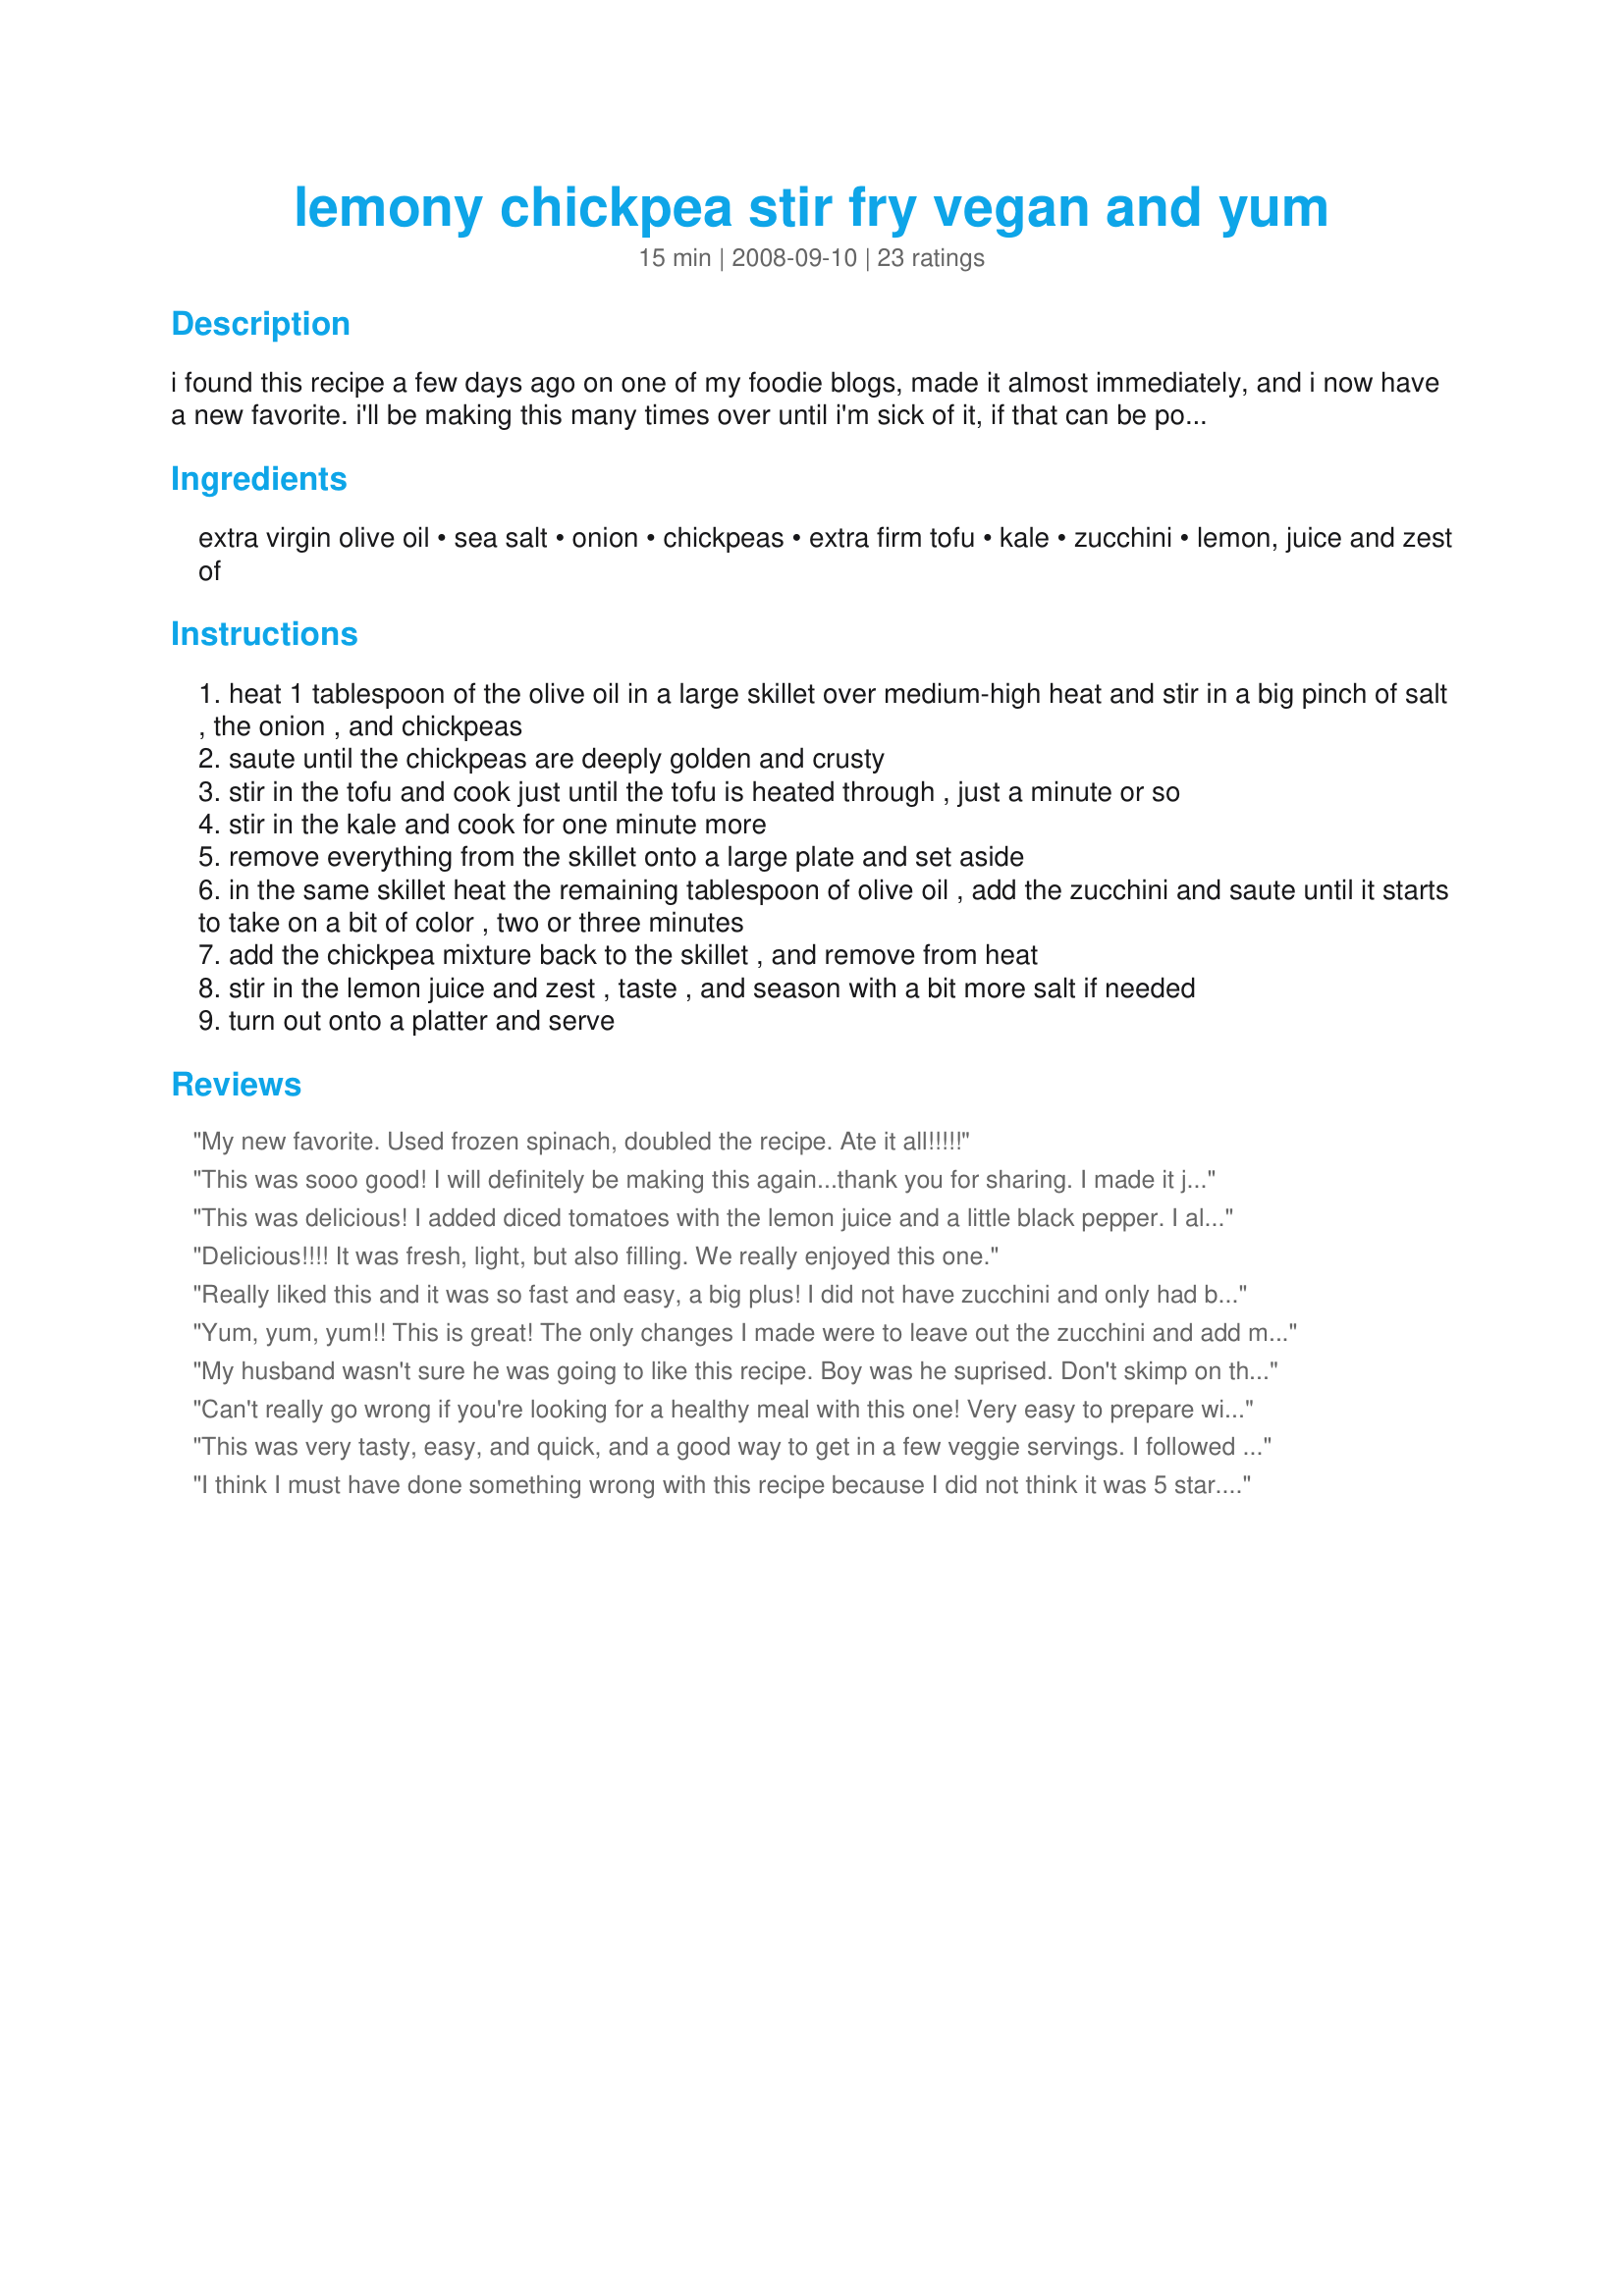
lemony chickpea stir fry vegan and yum
Preparation time: 15 minutes

i found this recipe a few days ago on one of my foodie blogs, made it almost immediately, and i now have a new favorite. i'll be making this many times over until i'm sick of it, if that can be possible. many years ago i used to be a vegan and went carnivore, but if i had had this around, i might have stuck with it a little longer. i alter the recipe here and there, and have posted a few changes. the original recipe states that this is for 4, but i could just graze on this all day long.

Ingredients:
extra virgin olive oil, sea salt, onion, chickpeas, extra firm tofu, kale, zucchini, lemon, juice and zest of

Steps:
heat 1 tablespoon of the olive oil in a large skillet over medium-high heat and stir in a big pinch of salt , the onion , and chickpeas
saute until the chickpeas are deeply golden and crusty
stir in the tofu and cook just until the tofu is heated through , just a minute or so
stir in the kale and cook for one minute more
remove everything from the skillet onto a large plate and set aside
in the same skillet heat the remaining tablespoon of olive oil , add the zucchini and saute until it starts to take on a bit of color , two or three minutes
add the chickpea mixture back to the skillet , and remove from heat
stir in the lemon juice and zest , taste , and season with a bit more salt if needed
turn out onto a platter and serve

Reviews:
My new favorite. Used frozen spinach, doubled the recipe. Ate it all!!!!!
This was sooo good! I will definitely be making this again...thank you for sharing. I made it just the way you suggested and it was perfect.
This was delicious! I added diced tomatoes with the lemon juice and a little black pepper. I also added in more of my favourite vegetables: green peas, green peppers and mushrooms. I am a university student and I don't have access to an oven so finding recipes is difficult as most things are baked, thanks for sharing this it's WONDERFUL!
Delicious!!!! It was fresh, light, but also filling. We really enjoyed this one.
Really liked this and it was so fast and easy, a big plus! I did not have zucchini and only had bottled lemon juice. It was still very good, but I will try it as written next time. I know lemon zest will add a lot of flavor.
Yum, yum, yum!! This is great! The only changes I made were to leave out the zucchini and add mushrooms. Thanks so much for sharing!! :O)
My husband wasn't sure he was going to like this recipe. Boy was he suprised. Don't skimp on the lemon it brings all of the flavors together. We served it over rice for the perfect meal. I have been picking at it cold from the fridge all day. Thanks for sharing!
Can't really go wrong if you're looking for a healthy meal with this one! Very easy to prepare with very little prep work - I used an entire 12oz box of tofu as I didn't want to deal with the leftover. My DH ate two big plates full - we served this by itself. I added some fresh black pepper, but I think it could have used something more... maybe cayenne or garlic?
This was very tasty, easy, and quick, and a good way to get in a few veggie servings. I followed other reviewers' suggestions and added garlic, pepper and a dash of cayenne, then I served it over brown rice. I have leftovers and I have a feeling it will be really good cold! Also might be good if the tofu were left out, and feta were added at the end. I will definitely be making this one again!
I think I must have done something wrong with this recipe because I did not think it was 5 star. I followed directions exactly but this came out tasting very dry and bland. Next time I will make a sauce with it (I know that kind of negates it as a stir fry) and add maybe some Bragg&#039;s or soy or chili sauce. I think it can be used as a basic recipe though.
Excellent! I was worried about the lack of seasoning but WOW was I surprised! I did add minced garlic and a little pepper, peeled the zucchini, added the whole 19oz package of tofu (I doubled the recipe) and a little extra lemon but followed everything else as written. My husband loved it too! This recipe will be on "heavy rotation" at our house!!!
Delicious! I'm a big fan of garlic, so I added a diced clove. Next time I think I might saute some mushrooms with the zucchini.
Perfect! Loved it! Nothing more to say! Thanks Mirj....
I&#039;ve made this many times and it is fantastic. I can&#039;t believe it took me this long to review it. Not only is it super healthy, it&#039;s packed with delicious flavor. I&#039;ve also added broccoli with great results. And it tastes great over cauliflower rice. This has become one of our favorite dishes. We&#039;re so glad we discovered this gem of a recipe!
Yummy! Instead of tofu, I added a seasoned breast of chicken that we had left over from dinner last night. I also forgot the lemon juice, oops! It was delicious without it, but I will definitely try to remember it next time I make it... which will be soon, since we constantly get kale from our organic produce delivery. ;-) Thanks for a great, new recipe for my kale/chard file!
Wow I cant believe I didn't rate this yet!! I've made this at least a dozen times since I found the recipie a few months ago. Its my absolute favorite way to cook tofu, its filling and yummy! I do increaase the lemon juice a little, and usually use fresh spinach instead of kale because thats usually what I have on hand. Oh! I've used shelled edamame instead of garbanzo beans a couple of times and that was amazing too.
This is definitely one of the best vegetarian dishes I've made. Thanks so much for the keeper! I did add a Tbs or so of jarred garlic and a little butter to saute the zukes in. Served over barley cooked in chicken broth (not veggie, but very good).
Very good.
I omitted the tofu and added a very small boneless skinless chicken breast for protein. The lemon is really a key item here so make sure to use fresh juice and zest not bottled juice. Flavor is just not the same. Thanks for sharing this recipe Mirj!
Outstanding!!! I added extra zucchini and skipped the tofu. Think I will add some garlic next time.
Great! I love the way the lemon compliments the greens in the dish. And I love having two protein bases; garbanzos & tofu. 
Usually it's one or the other, but it this dish to work together beautifully.
Delicious! Wonderful served with saffron rice. We did find tht it needed a lot of seasoning, so we added some pepper, curry powder, sesame oil, and fish sauce, and will add even more seasoning in the future. Also added a bit of summer squash because we have it growing in the garden, and like Mirj, used spinach. Terrific -- and a very pretty recipe too!
This was pretty good. I think I'll add garlic next time and maybe cut down on the lemon. I'm not sure I liked the lemon, but loved the chickpeas. May add some mushrooms also. Thanks for the recipe Mirj. I'll be making this again.
SO SO good! I omitted the tofu and ended up just using this dish as a side, and it was perfect. I've never toasted chickpeas like this before, and now I'm hooked. It really changes the flavor, and tastes perfect with all the other ingredients. I could it this every day :)
